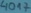
Text: 40A7